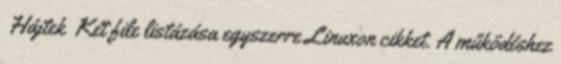
Hájtek Két file listázása egyszerre Linuxon cikket. A működéshez